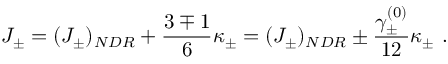
J _ { \pm } = ( J _ { \pm } ) _ { N D R } + \frac { 3 \mp 1 } { 6 } \kappa _ { \pm } = ( J _ { \pm } ) _ { N D R } \pm \frac { \gamma _ { \pm } ^ { ( 0 ) } } { 1 2 } \kappa _ { \pm } ~ .